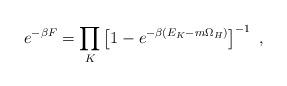
LaTeX: \begin{align*}e^{-\beta F} = \prod_K \left[ 1 - e^{-\beta(E_K-m\Omega_H)} \right]^{-1}~,\end{align*}